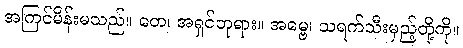
အကြင်မိန်းမသည်။ တေ၊ အရှင်ဘုရား။ အမ္ဗေ၊ သရက်သီးမှည့်တို့ကို။